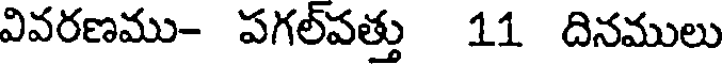
వివరణము- పగల్వత్తు 11 దినములు